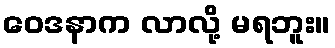
ဝေဒနာက လာလို့ မရဘူး။